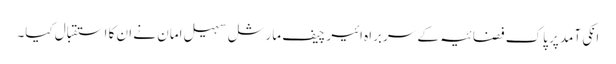
انکی آمد پر پاک فضائیہ کے سربراہ ائیر چیف مارشل سہیل امان نے ان کا استقبال کیا۔